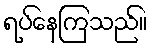
ရပ်နေကြသည်။